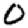
Digit: 0